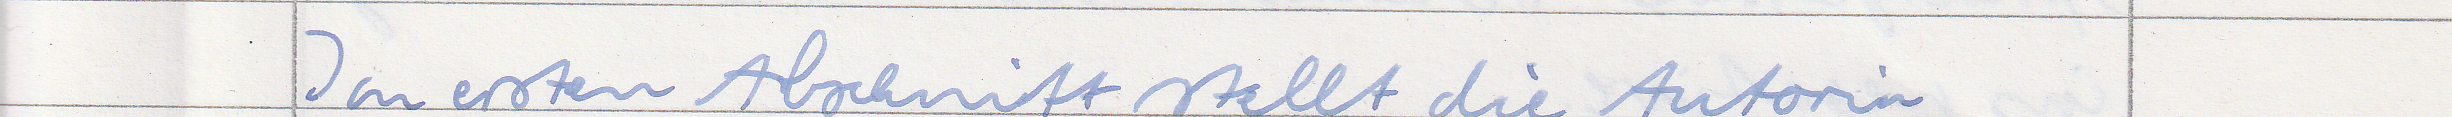
Im ersten Abschnitt stellt die Autorin